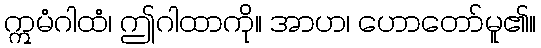
ဣမံဂါထံ၊ ဤဂါထာကို။ အာဟ၊ ဟောတော်မူ၏။